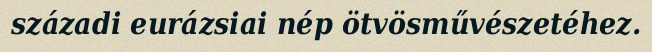
századi eurázsiai nép ötvösművészetéhez.